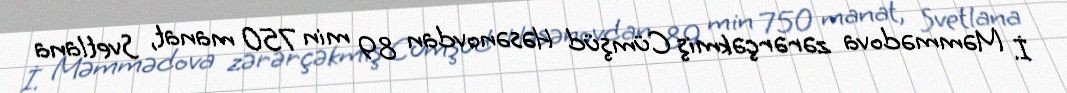
İ. Məmmədova zərərçəkmiş Cümşüd Həsənovdan 89 min 750 manat, Svetlana